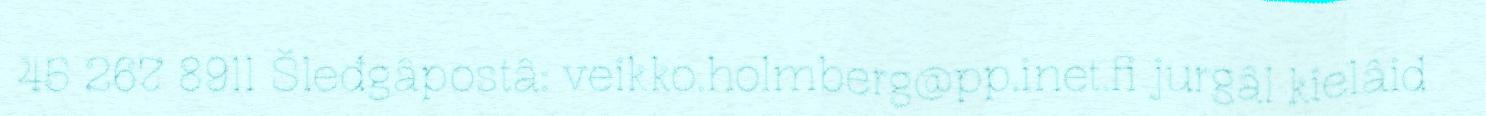
45 267 8911 Šleđgâpostâ: veikko.holmberg@pp.inet.fi jurgâl kielâid